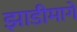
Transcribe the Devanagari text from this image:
झाडीमागे